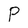
Character: P